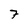
Character: 7